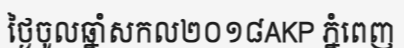
ថ្ងៃចូលឆ្នាំសកល២០១៨AKP ភ្នំពេញ